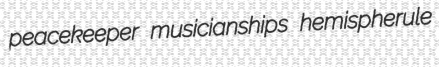
peacekeeper musicianships hemispherule